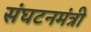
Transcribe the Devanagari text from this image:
संघटनमंत्री